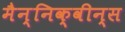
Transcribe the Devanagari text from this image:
मैन्निक्वीन्स